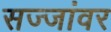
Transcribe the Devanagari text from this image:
सज्जांवर